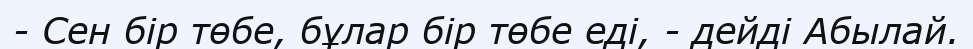
- Сен бір төбе, бұлар бір төбе еді, - дейді Абылай.